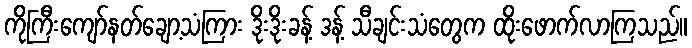
ကိုကြီးကျော်နတ်ချော့သံကြား ဒိုးဒိုးခန့် ဒန့် သီချင်းသံတွေက ထိုးဖောက်လာကြသည်။